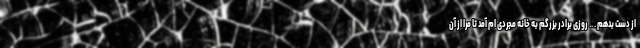
از دست بدهم . .. روزی برادر بزرگم به خانه مجردی ام آمد تا مرا از آن